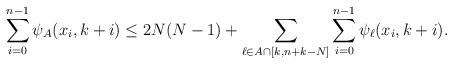
LaTeX: \begin{align*}\sum_{i=0}^{n-1}\psi_A(x_i,k+i) \leq 2N(N-1) + \sum_{\ell \in A \cap [k,n+k-N]}\sum_{i=0}^{n-1} \psi_\ell(x_i,k+i).\end{align*}